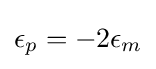
\epsilon _{p}=-2\epsilon _{m}